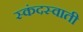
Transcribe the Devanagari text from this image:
स्कंदस्वाती